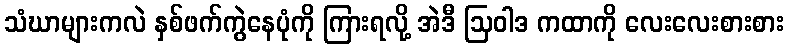
သံဃာများကလဲ နှစ်ဖက်ကွဲနေပုံကို ကြားရလို့ အဲဒီ ဩဝါဒ ကထာကို လေးလေးစားစား